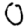
Digit: 0